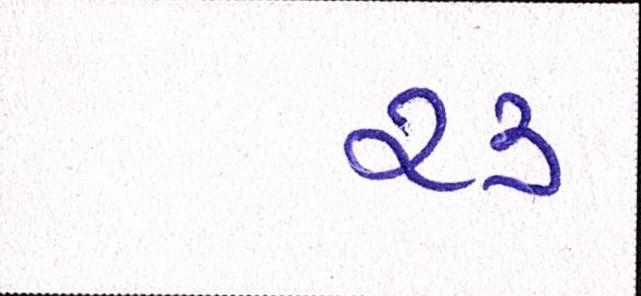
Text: ૨૩